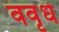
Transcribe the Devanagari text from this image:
ववृधे